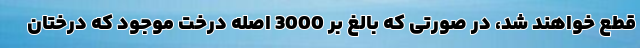
قطع خواهند شد، در صورتی که بالغ بر 3000 اصله درخت موجود که درختان